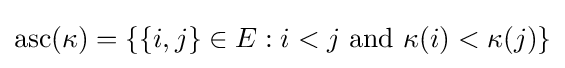
{\text{asc}}(\kappa )=\{\{i,j\}\in E:i<j{\text{ and }}\kappa (i)<\kappa (j)\}